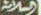
السلامة